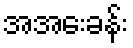
အအေးခန်း